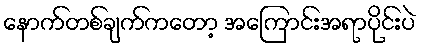
နောက်တစ်ချက်ကတော့ အကြောင်းအရာပိုင်းပဲ